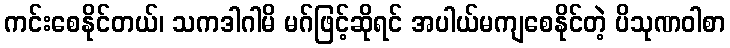
ကင်းစေနိုင်တယ်၊ သကဒါဂါမိ မဂ်ဖြင့်ဆိုရင် အပါယ်မကျစေနိုင်တဲ့ ပိသုဏဝါစာ